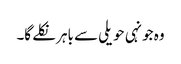
وہ جونہی حویلی سے باہر نکلے گا۔